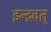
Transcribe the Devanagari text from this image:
इन्द्रवत्